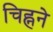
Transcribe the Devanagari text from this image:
चिह्नने